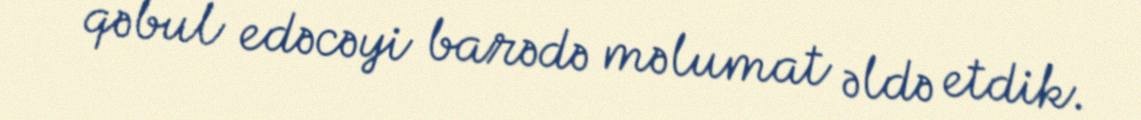
qəbul edəcəyi barədə məlumat əldə etdik.